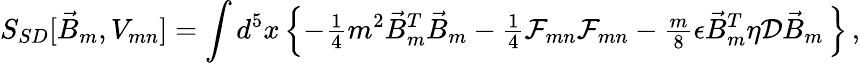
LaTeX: S_{SD}[\vec{B}_{m},V_{mn}]=\int d^{5}x\left\{ -{\textstyle\frac{1}{4}}m^{2}\vec{B}_{m}^{T}\vec{B}_{m}-{\textstyle\frac{1}{4}}{\cal F}_{mn}{\cal F}_{mn}-{\textstyle\frac{m}{8}}\epsilon\vec{B}_{m}^{T}\eta\mathcal{D}\vec{B}_{m}\, \right\} \, ,